Report on plague and inoculation in the Punjab from October 1st ... to September 30th..., being the ... season of plague in the province
Disease focus: Plague
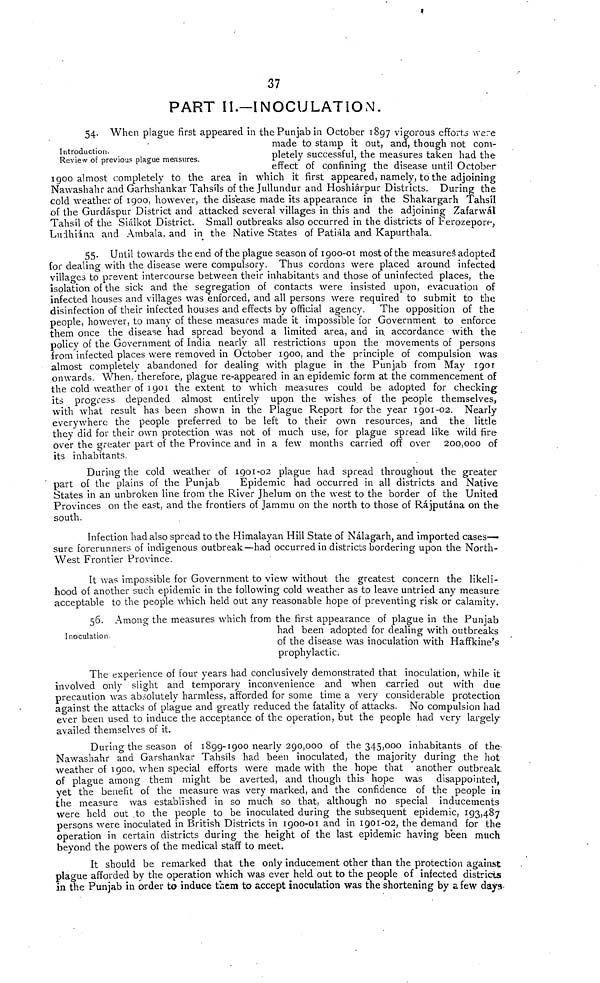
37
PART II.—INOCULATION.
Introduction.
Review of previous plague measures.
54. When plague first appeared in the Punjab in October 1897 vigorous efforts were
made to stamp it out, and, though not com-
pletely successful, the measures taken had the
effect of confining the disease until October
1900 almost completely to the area in which it first appeared, namely, to the adjoining
Nawashahr and Garhshankar Tahsils of the Jullundur and Hoshiárpur Districts. During the
cold weather of 1900, however, the disease made its appearance in the Shakargarh Tahsil
of the Gurdáspur District and attacked several villages in this and the adjoining Zafarwál
Tahsil of the Siálkot District. Small outbreaks also occurred in the districts of Ferozepore,
Ludhiana and Ambala, and in the Native States of Patiala and Kapurthala.
55. Until towards the end of the plague season of 1900-01 most of the measures adopted
for dealing with the disease were compulsory. Thus cordons were placed around infected
villages to prevent intercourse between their inhabitants and those of uninfected places, the
isolation of the sick and the segregation of contacts were insisted upon, evacuation of
infected houses and villages was enforced, and all persons were required to submit to the
disinfection of their infected houses and effects by official agency. The opposition of the
people, however, to many of these measures made it impossible for Government to enforce
them once the disease had spread beyond a limited area, and in. accordance with the
policy of the Government of India nearly all restrictions upon the movements of persons
from infected places were removed in October 1900, and the principle of compulsion was
almost completely abandoned for dealing with plague in the Punjab from May 1901
onwards. When, therefore, plague re-appeared in an epidemic form at the commencement of
the cold weather of 1901 the extent to which measures could be adopted for checking
its progress depended almost entirely upon the wishes of the people themselves,
with what result has been shown in the Plague Report for the year 1901-02. Nearly
everywhere the people preferred to be left to their own resources, and the little
they did for their own protection was not of much use, for plague spread like wild fire
over the greater part of the Province and in a few months carried off over 200,000 of
its inhabitants.
During the cold weather of 1901-02 plague had spread throughout the greater
part of the plains of the Punjab
Epidemic had occurred in all districts and Native
States in an unbroken line from the River Jhelum on the west to the border of the United
Provinces on the east, and the frontiers of Jammu on the north to those of Rájputána on the
south.
Infection had also spread to the Himalayan Hill State of Nálagarh, and imported cases—
sure forerunners of indigenous outbreak—had occurred in districts bordering upon the North-
West Frontier Province.
It was impossible for Government to view without the greatest concern the likeli-
hood of another such epidemic in the following cold weather as to leave untried any measure
acceptable to the people which held out any reasonable hope of preventing risk or calamity.
Inoculation
56. Among the measures which from the first appearance of plague in the Punjab
had been adopted for dealing with outbreaks
of the disease was inoculation with Haffkine's
prophylactic.
The experience of four years had conclusively demonstrated that inoculation, while it
involved only slight and temporary inconvenience and when carried out with due
precaution was absolutely harmless, afforded for some time a very considerable protection
against the attacks of plague and greatly reduced the fatality of attacks. No compulsion had
ever been used to induce the acceptance of the operation, but the people had very largely
availed themselves of it.
During the season of 1899-1900 nearly 290,000 of the 345,000 inhabitants of the
Nawashahr and Garshankar Tahsils had been inoculated, the majority during the hot
weather of 1900, when special efforts were made with the hope that another outbreak.
of plague among them might be averted, and though this hope was disappointed,
yet the benefit of the measure was very marked, and the confidence of the people in
the measure was established in so much so that, although no special inducements
were held out to the people to be inoculated during the subsequent epidemic, 193,487
persons were inoculated in British Districts in 1900-01 and in 1901-02, the demand for the
operation in certain districts during the height of the last epidemic having been much
beyond the powers of the medical staff to meet.
It should be remarked that the only inducement other than the protection against
plague afforded by the operation which was ever held out to the people of infected districts
in the Punjab in order to induce them to accept inoculation was the shortening by a few days-